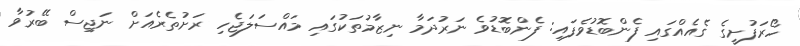
ހޯރަފުށީގެ ގެއެއްގައި ފެންބޮޑުވެފައި: ފެންބޮޑުވެ ނަރުދަމާ ނިޒާމުތަކުގައި މައްސަލަޖެހި ރަށުތެރެއަށް ނަޖިސް ބޭރުވާ